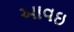
આવઇ